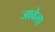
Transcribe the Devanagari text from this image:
जावेला